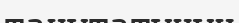
танытатынын